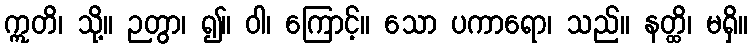
ဣတိ၊ သို့။ ဉတွာ၊ ၍။ ဝါ၊ ကြောင့်။ သော ပကာရော၊ သည်။ နတ္ထိ၊ မရှိ။